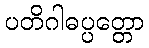
ပတိဂါဓပ္ပတ္တော